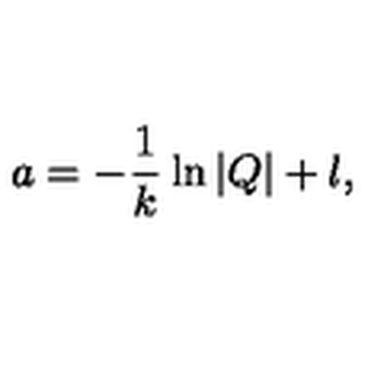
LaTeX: a = - \frac { 1 } { k } \ln | Q | + l ,